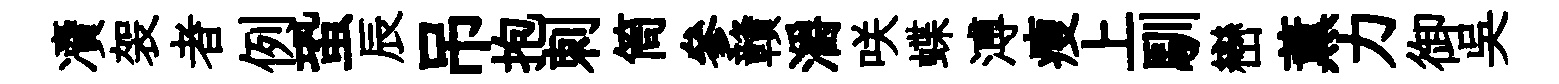
凟袈者例蛩辰吊抱刺筒參贛灂咲蝶溥瘦上馴巒薫力御吳